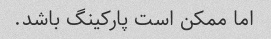
اما ممکن است پارکینگ باشد.